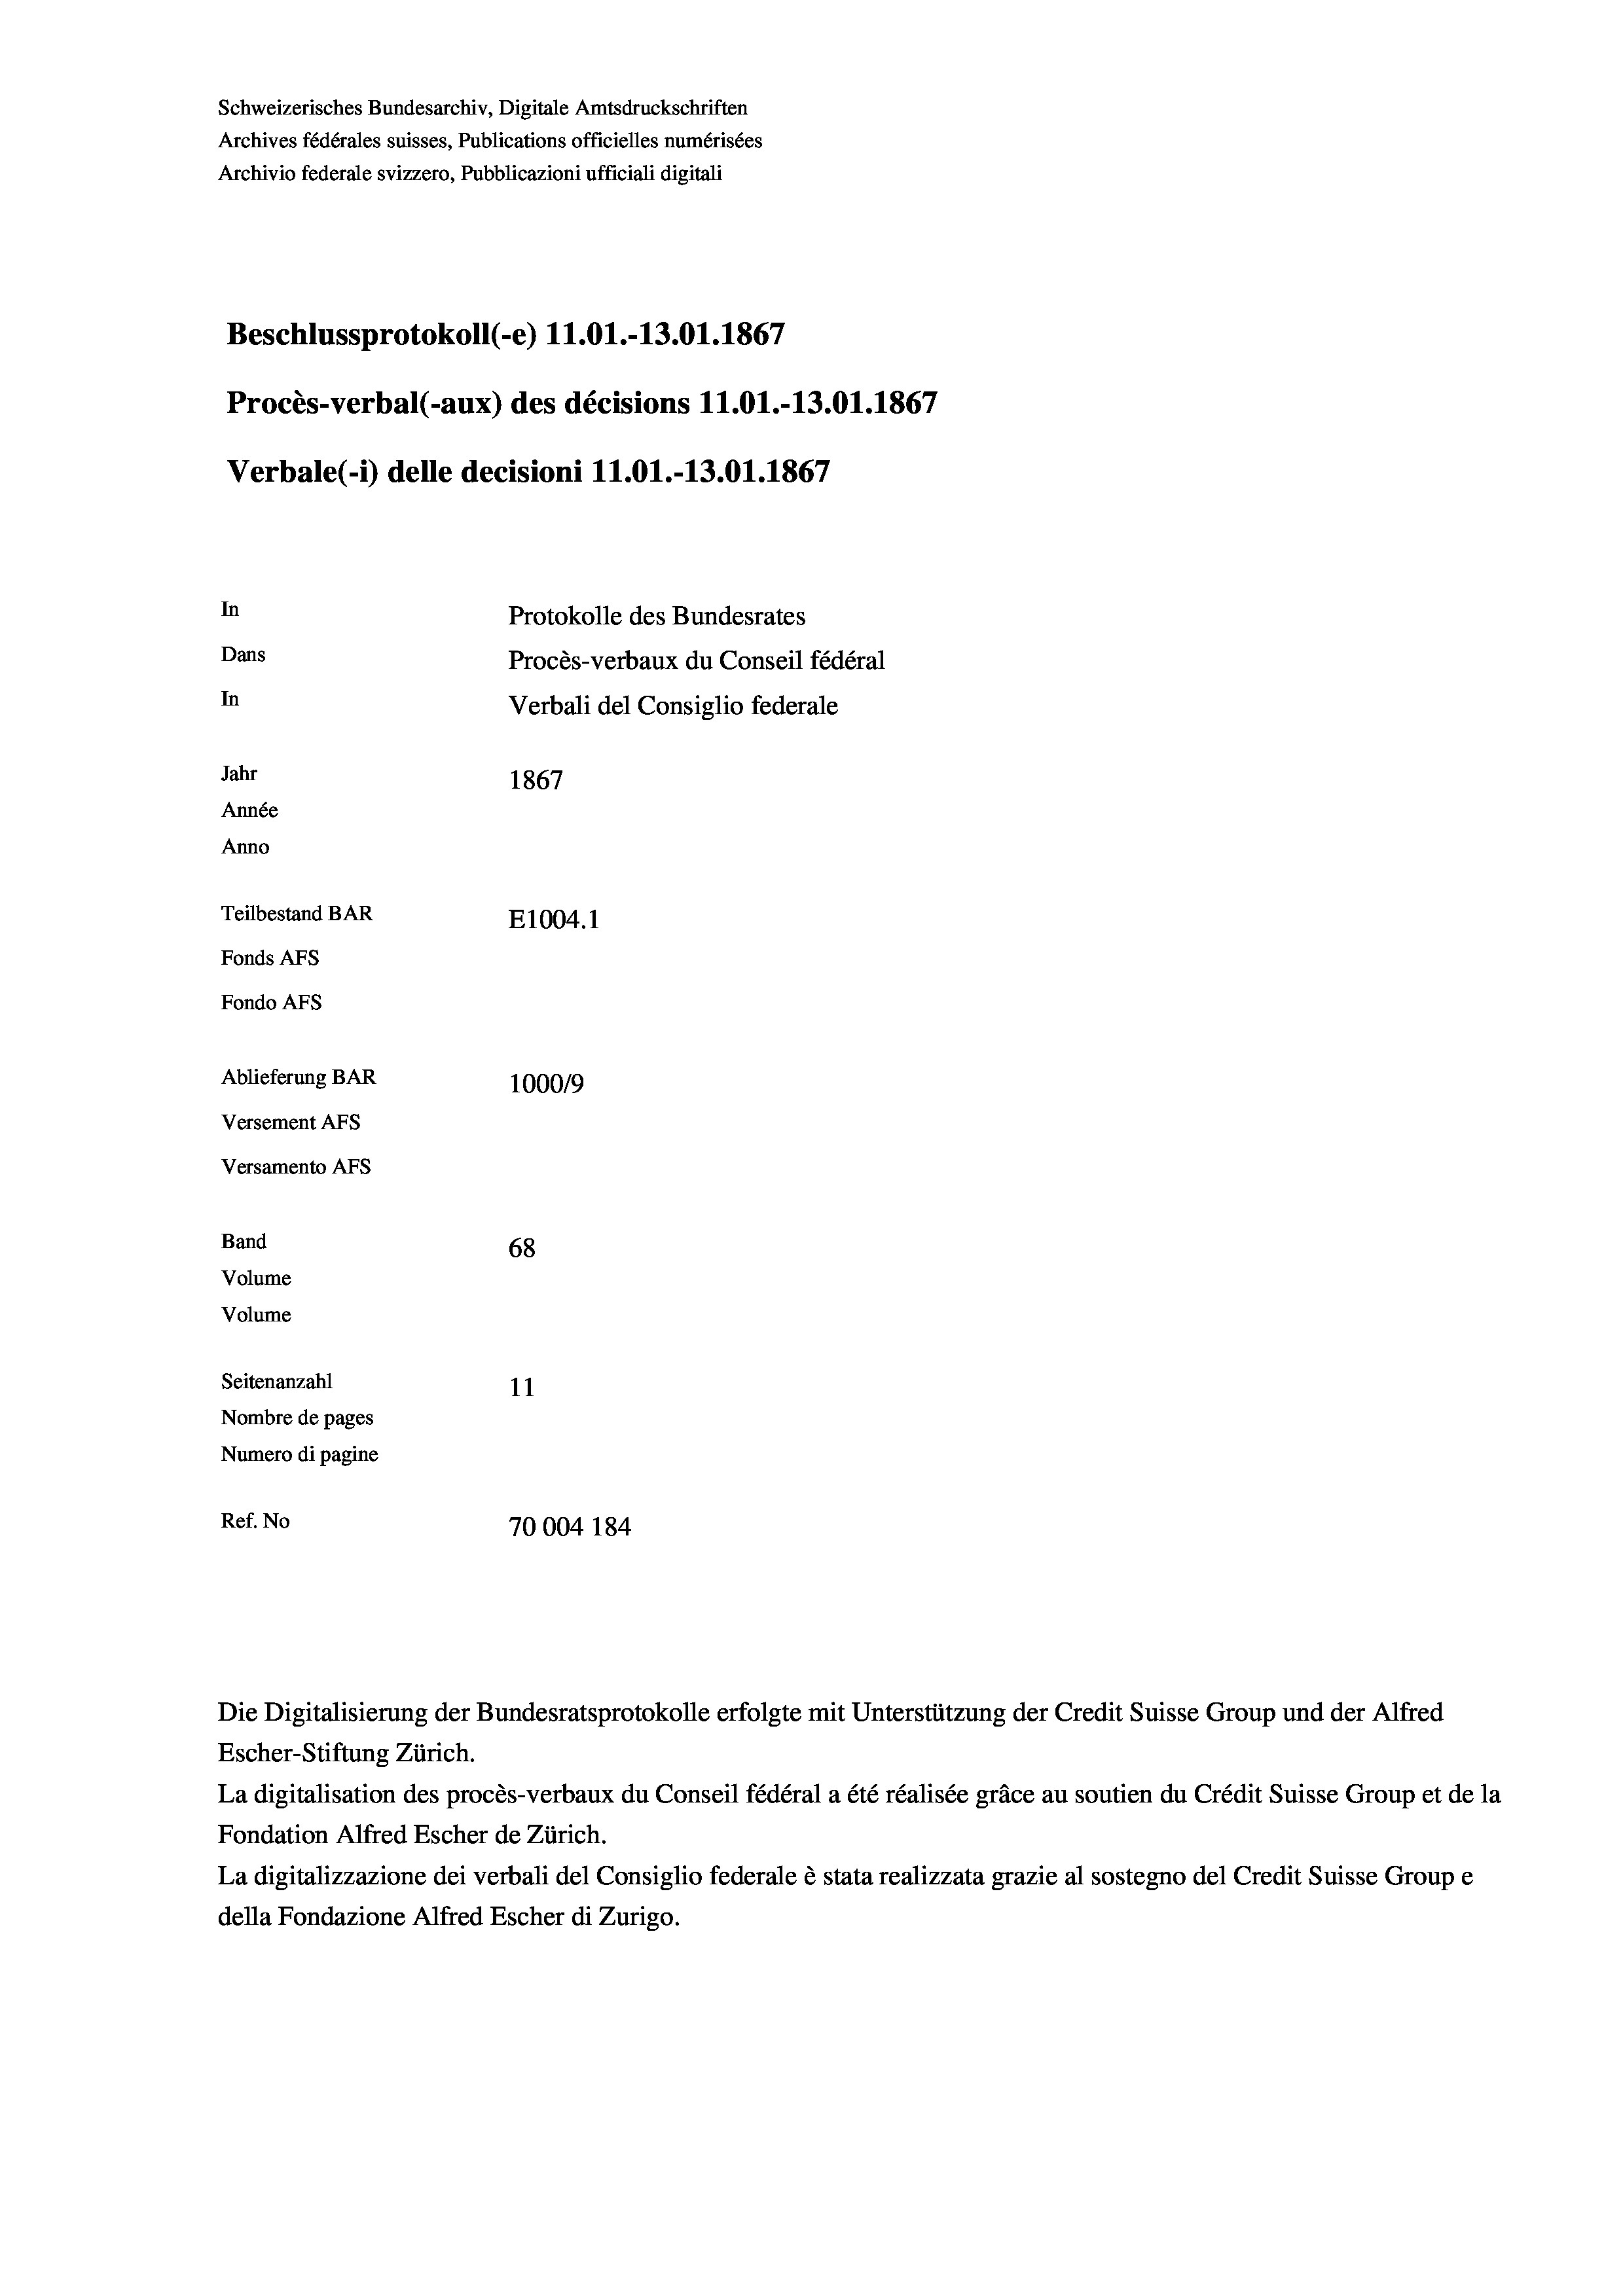
Beschlussprotokoll (-e) 11.01.-13.01. 1867
Procès-verbal (-aux) des décisions 11.01.-13.01. 1867
Verbale(-*) delle decisioni 11.01.-13.01. 1867
In
Protokolle des Bundesrates
Dans
Procès-verbaux du Conseil fédéral
In
Verbali del Consiglio federale
Jahr
1867
Année
Anno
Teilbestand BAR
E1004.1
Fonds AFs
Fondo AFS
Ablieferung BAR
100019
Versement AFs

Versamento AFs
Band
Volume

Schweizerisches Bundesarchiv, Digitale Amtsdruckschriften
Archives fédérales suisses, Publications officielles numérisées
Archivio federale svizzero, Pubblicazioni ufficiali digitali

68
Volume
Seitenanzahl
11
Nombre de pages
Numero di pagine
Ref. No
70004 184

Escher-Stiftung Zürich.
La digitalisation des procès-verbaux du Conseil fédéral a été réalisée gräce au soutien du Crédit Suisse Group et de la
Fondation Alfred Escher de Zürich.
La digitalizzazione dei verbali del Consiglio federale è stata realizzata grazie al sostegno del Credit Suisse Groupe
della Fondazione Alfred Escher di Zurigo.

Die Digitalisierung der Bundesratsprotokolle erfolgte mit Unterstützung der Credit Suisse Group und der Alfred